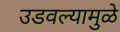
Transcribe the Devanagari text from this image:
उडवल्यामुळे